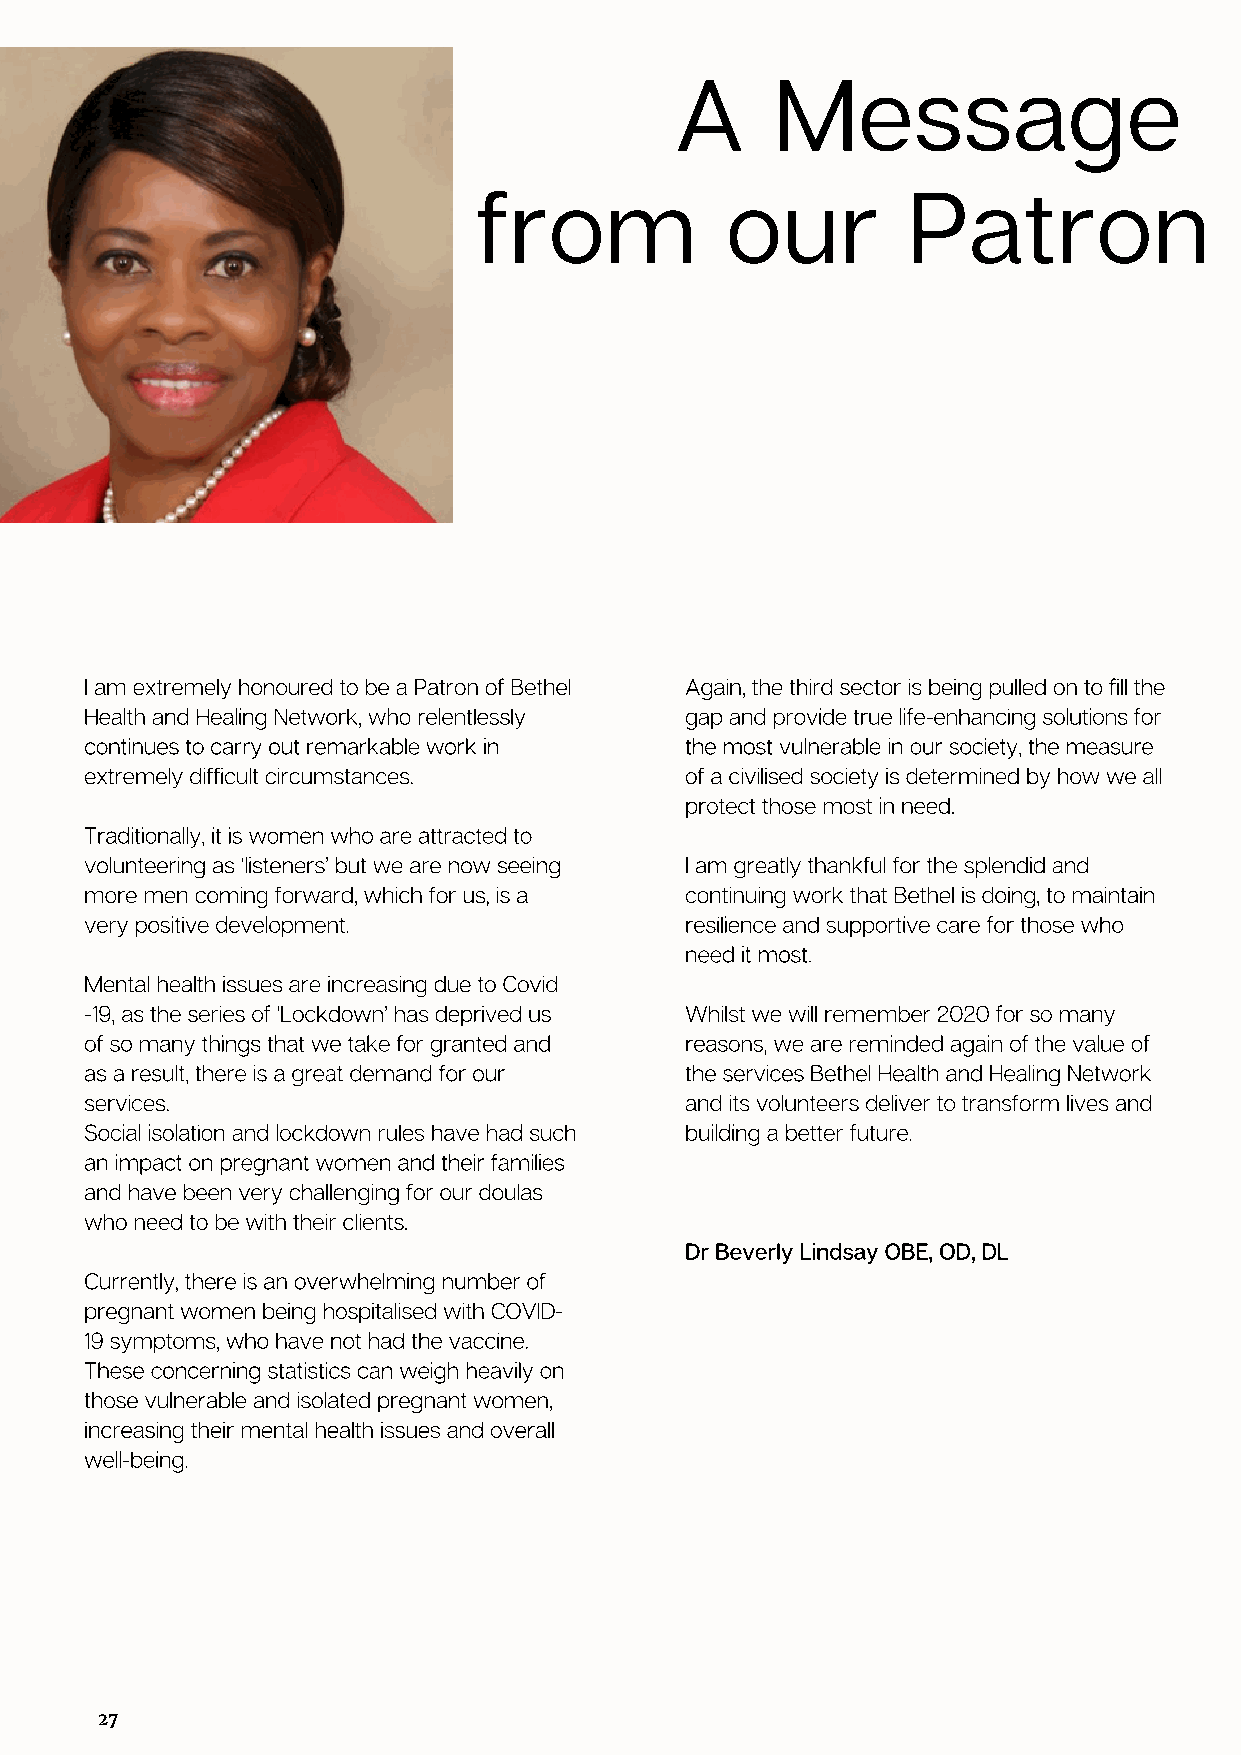
A     Message
 from             our         Patron
 I am extremely honoured to be a Patron of Bethel Again, the third sector is being pulled on to fill the
 Health and Healing Network, who relentlessly gap and provide true life-enhancing solutions for
 continues to carry out remarkable work in the most vulnerable in our society, the measure
 extremely difficult circumstances.     of a civilised society is determined by how we all
 protect those most in need.
 Traditionally, it is women who are attracted to
 volunteering as ‘listeners’ but we are now seeing I am greatly thankful for the splendid and
 more men coming forward, which for us, is a continuing work that Bethel is doing, to maintain
 very positive development.             resilience and supportive care for those who
 need it most.
 Mental health issues are increasing due to Covid
 -19, as the series of ‘Lockdown’ has deprived us Whilst we will remember 2020 for so many
 of so many things that we take for granted and reasons, we are reminded again of the value of
 as a result, there is a great demand for our the services Bethel Health and Healing Network
 services.                              and its volunteers deliver to transform lives and
 Social isolation and lockdown rules have had such building a better future.
 an impact on pregnant women and their families
 and have been very challenging for our doulas
 who need to be with their clients.
 Dr Beverly Lindsay OBE, OD, DL
 Currently, there is an overwhelming number of
 pregnant women being hospitalised with COVID-
 19 symptoms, who have not had the vaccine.
 These concerning statistics can weigh heavily on
 those vulnerable and isolated pregnant women,
 increasing their mental health issues and overall
 well-being.
 27